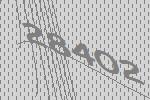
28402